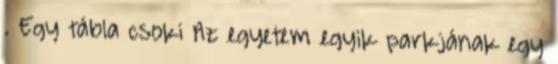
. Egy tábla csoki Az egyetem egyik parkjának egy